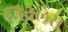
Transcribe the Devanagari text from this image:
निवेलेस